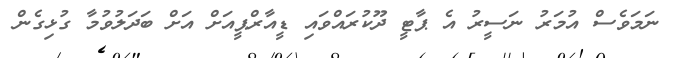
ނަމަވެސް އުމަރު ނަސީރު އެ ޕާޓީ ދޫކުރައްވައި ޑީއާރްޕީއަށް އަށް ބަދަލުވުމާ ގުޅިގެން